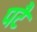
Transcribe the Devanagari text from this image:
पटै